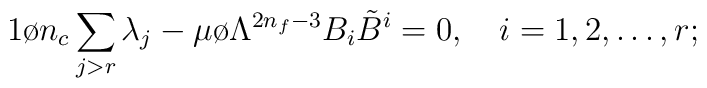
{1 \o n_c}\sum_{j > r} \lambda_j-  {\mu \o \Lambda^{2 n_f-3}}   B_i{\tilde B}^i=0,  \quad  i=1,2,\ldots, r;